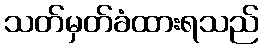
သတ်မှတ်ခံထားရသည်